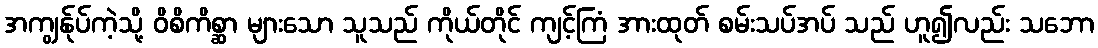
အကျွန်ုပ်ကဲ့သို့ ဝိစိကိစ္ဆာ များသော သူသည် ကိုယ်တိုင် ကျင့်ကြံ အားထုတ် စမ်းသပ်အပ် သည် ဟူ၍လည်း သဘော